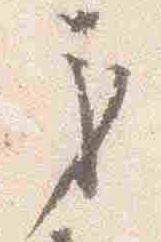
労